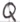
Text: Q